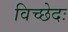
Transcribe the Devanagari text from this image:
विच्छेदः